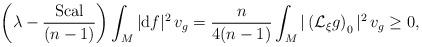
LaTeX: \begin{align*} \left(\lambda - \frac{\rm Scal}{(n - 1)}\right) \int _M |{\rm d} f| ^2 \, v _g = \frac{n}{4 (n - 1)} \int _M |\left(\mathcal{L} _\xi g\right)_0| ^2 \, v _g \geq 0, \end{align*}